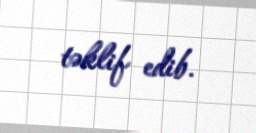
təklif edib.